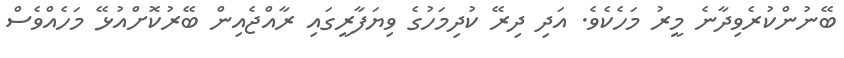
ބޭނުންކުރެވިދާނެ މީރު މަހެކެވެ. އަދި ދިރޭ ކުދިމަހުގެ ވިޔަފާރީގައި ރާއްޖެއިން ބޭރުކޮށްއުޅޭ މަހެއްވެސް